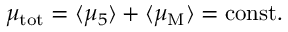
\mu _ { \mathrm { t o t } } = \langle \mu _ { 5 } \rangle + \langle \mu _ { \mathrm { M } } \rangle = \mathrm { c o n s t } { } .